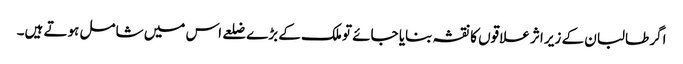
اگر طالبان کے زیر اثر علاقوں کا نقشہ بنایا جائے تو ملک کے بڑے ضلعے اس میں شامل ہوتے ہیں۔